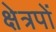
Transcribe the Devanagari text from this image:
क्षेत्रपों